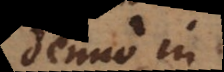
denuo in